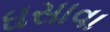
ઘસાવા